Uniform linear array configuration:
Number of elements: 12
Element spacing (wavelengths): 1
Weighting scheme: cosine
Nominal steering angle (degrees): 15
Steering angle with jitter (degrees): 14.667
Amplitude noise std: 0.05
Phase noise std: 0.05

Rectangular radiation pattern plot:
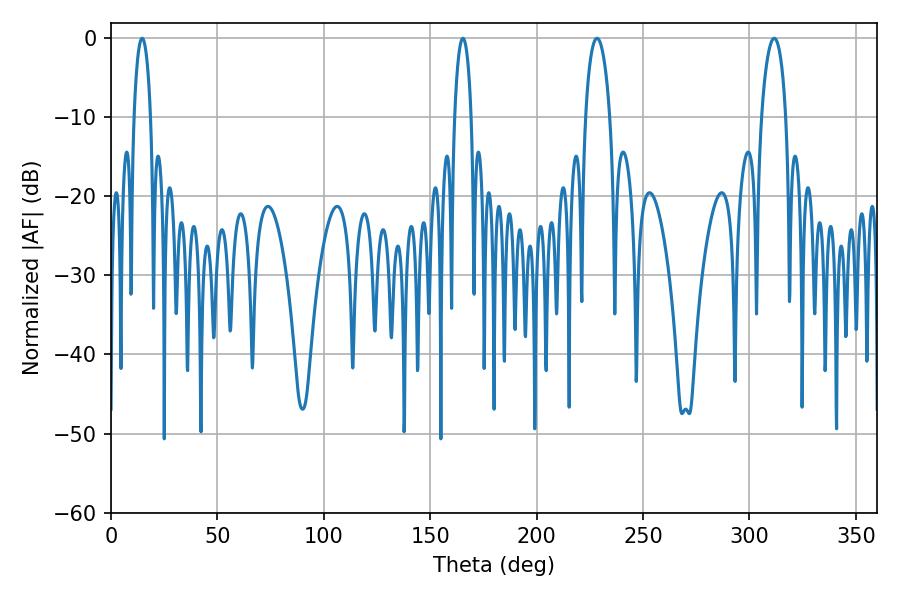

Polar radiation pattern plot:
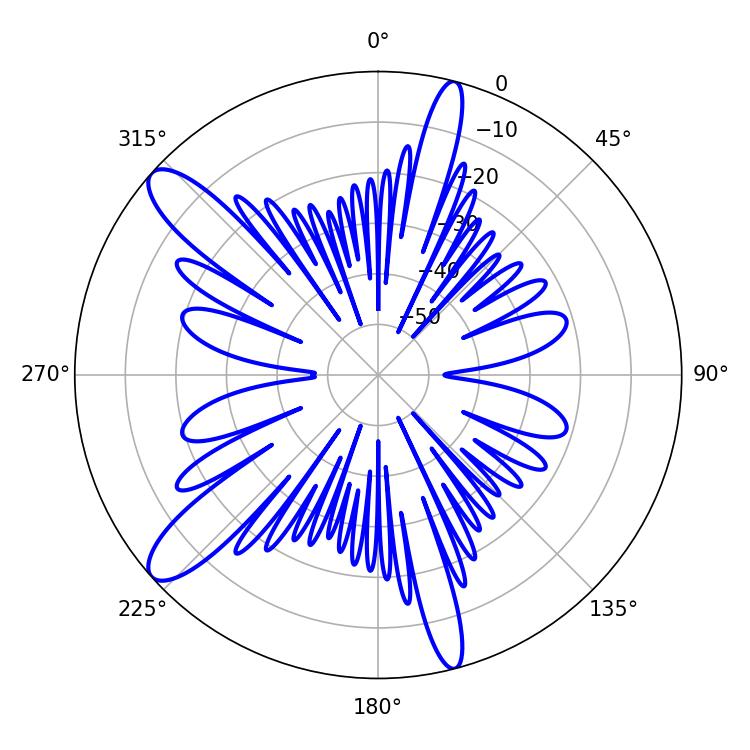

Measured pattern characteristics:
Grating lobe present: TRUE
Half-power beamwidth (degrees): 6.48
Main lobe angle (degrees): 228.42